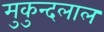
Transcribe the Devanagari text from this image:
मुकुन्दलाल